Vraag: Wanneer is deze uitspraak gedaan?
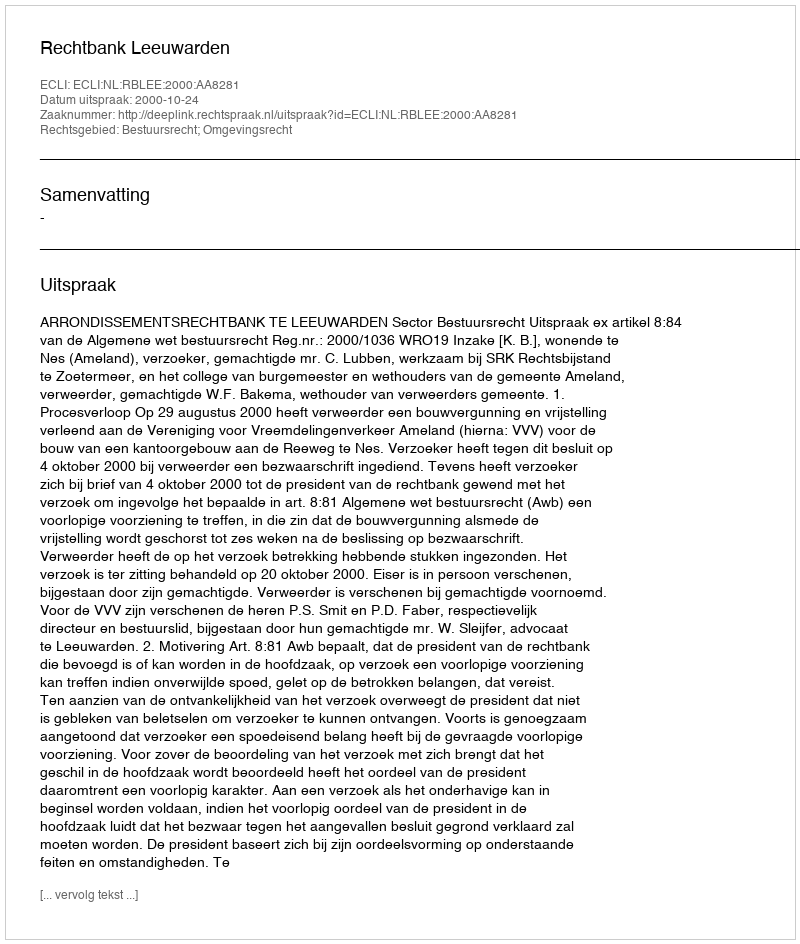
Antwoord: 2000-10-24